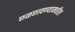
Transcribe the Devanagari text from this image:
छळछावण्यामधील